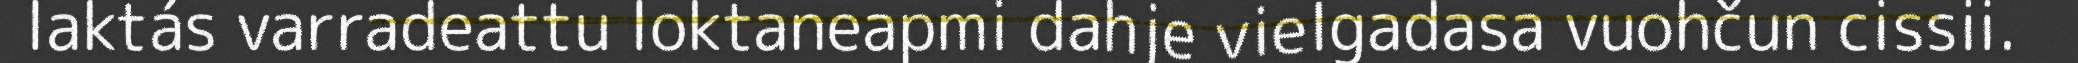
laktás varradeattu loktaneapmi dahje vielgadasa vuohčun cissii.